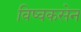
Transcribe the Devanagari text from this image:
विष्वकसेन